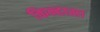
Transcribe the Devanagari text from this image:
किन्हासा